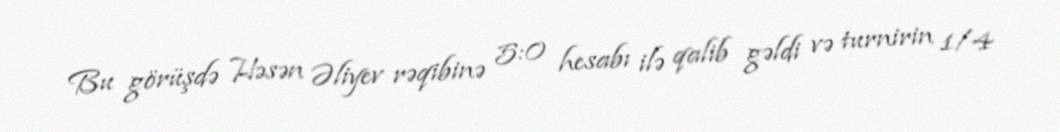
Bu görüşdə Həsən Əliyev rəqibinə 5:0 hesabı ilə qalib gəldi və turnirin 1/4